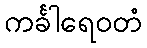
ကင်္ခါရေဝတံ